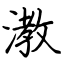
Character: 漖